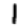
Digit: 1